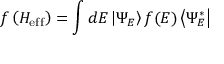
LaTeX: f \left( H _ { \mathrm { e f f } } \right) = \int d E \left| \Psi _ { E } \right\rangle f ( E ) \left\langle \Psi _ { E } ^ { * } \right|